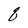
Character: q